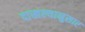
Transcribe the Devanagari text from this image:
दाखल्यानुसार